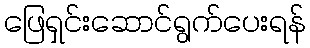
ဖြေရှင်းဆောင်ရွက်ပေးရန်